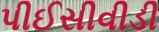
પીઈસીવીડી